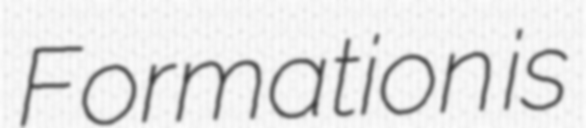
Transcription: Formation is